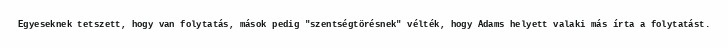
Egyeseknek tetszett, hogy van folytatás, mások pedig "szentségtörésnek" vélték, hogy Adams helyett valaki más írta a folytatást.